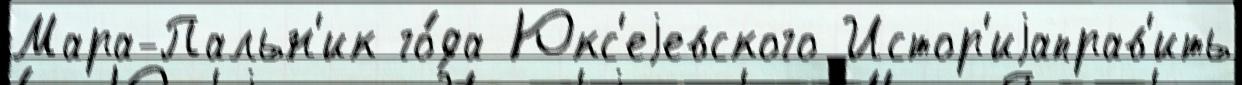
Мара-Пальн'ик го́да Юкс'еjевского Истор'иjаправ'ить